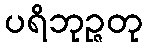
ပရိဘုဉ္ဇတု